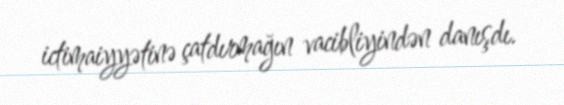
ictimaiyyətinə çatdırmağın vacibliyindən danışdı.